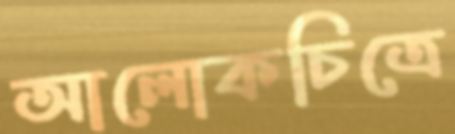
আলোকচিত্রে